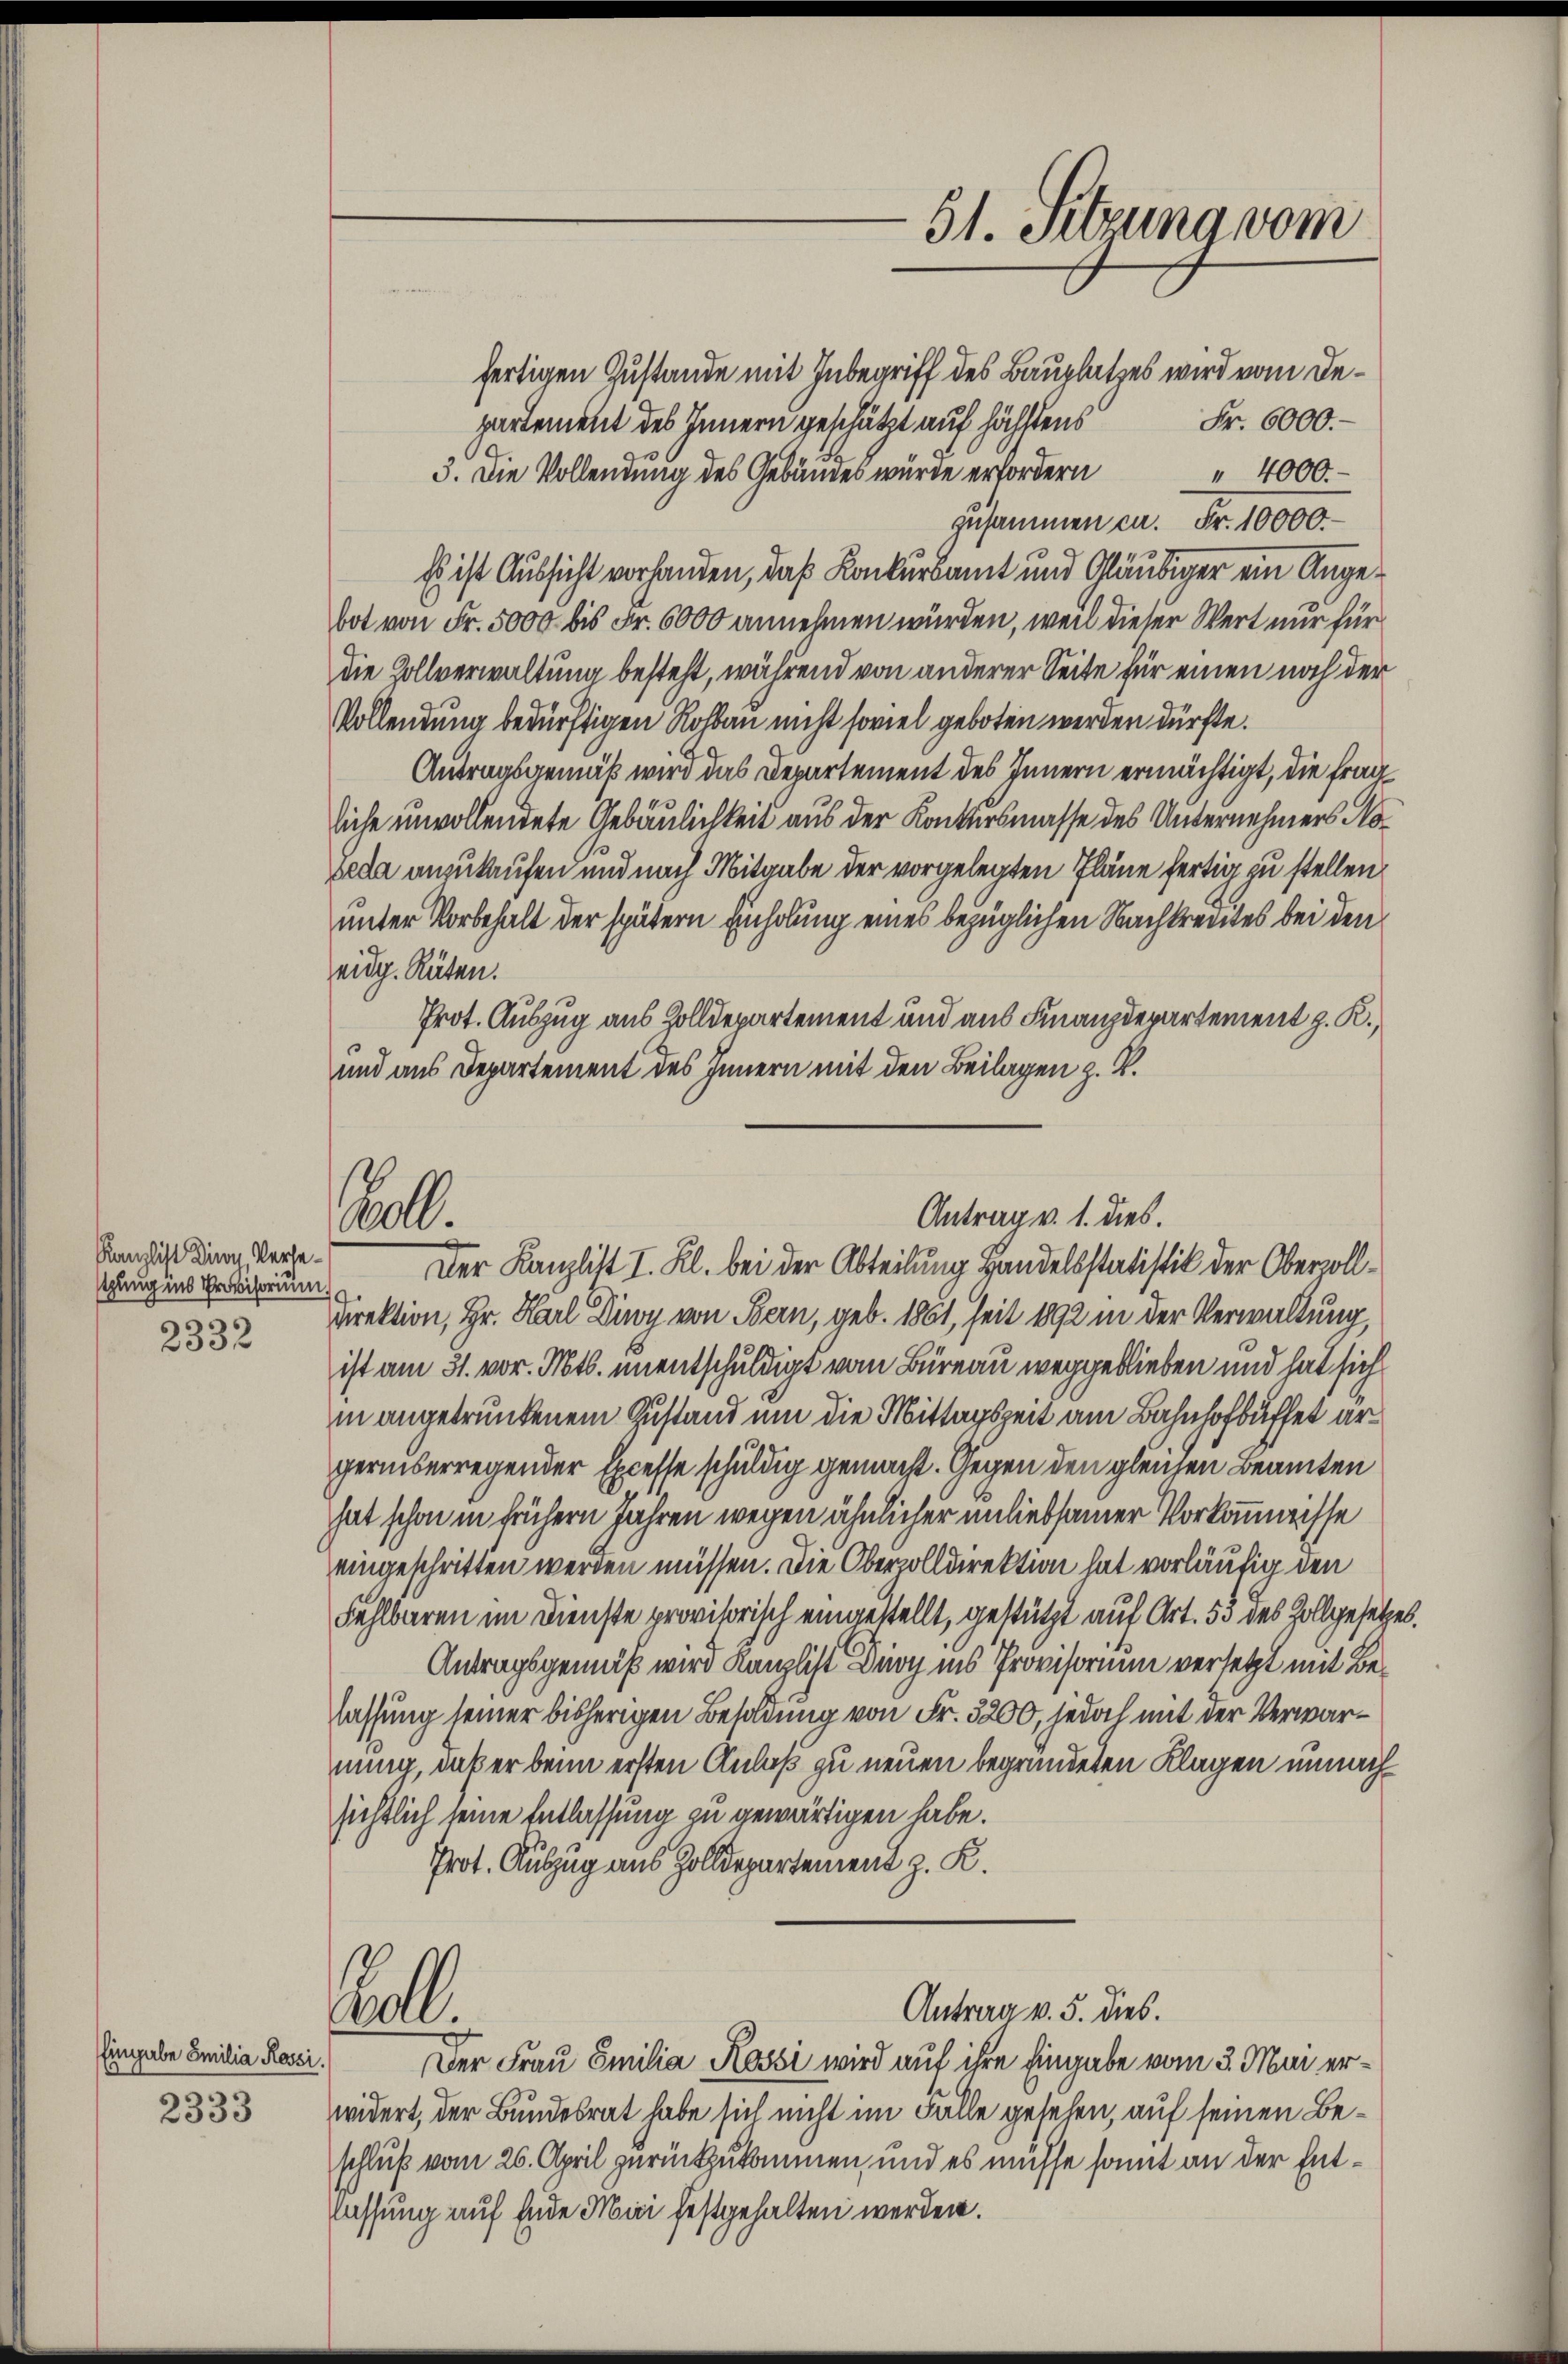
Kanzlist einen Versestung ins Provisorium.
s

2332

Eingabe Emilia Rossi.

2333

fertigen Zustande mit Inbegriff des Bauplatzes wird vom De¬
Fr. 6000.-
partement des Innern geschätzt auf höchstens
19
3. Die Vollendung des Gebäudes wurde erfordern 4000.
zusammen ca. Fr. 10000.
Es ist Aussicht vorhanden, daß Konkursamt und Gläubiger ein Angebot von Fr. 5000 bis Fr. 6000 annehmen würden, weil dieser Wert nur für
die Zollverwaltung besteht, während von anderer Seite für einen noch der
Vollendung bedürftigen Rohbau nicht soviel geboten werden dürfte.
Antragsgemäß wird das Departement des Innern ermächtigt, die fragliche unvollendete Gebäulichkeit aus der Konkursmasse des Unternehmers No¬
Zeda anzukaufen und nach Mitgabe der vorgelegten Pläne fertig zu stellen,
unter Vorbehalt der spätern Einholung eines bezüglichen Nachkredites bei den
eidg. Räten.
Prot. Auszug aus Zolldepartement und aus Finanzdepartement z. R.,
und aus Departement des Innern mit den Beilagen z. B.

Bell

31. Sitzung vom

Antrag v. 1. dies.
Der Kanzlist I. Kl. bei der Abteilung Handelsstatistik der Oberzoll¬

Direktion, Hr. Karl Diwy von Bern, geb. 1861, seit 1892 in der Verwaltung,
ist am 31. vor. Mts. unentschuldigt vom Büreau weggeblieben und hat sich
in angetrunkenem Zustand um die Mittagszeit am Bahnhofbüffet argerüberregender Excesse schuldig gemacht. Gegen den gleichen Beamten
hat schon in frühern Jahren wegen ähnlicher anliebsamer Vorkommnisse
eingeschritten werden müssen. Die Oberzolldirektion hat vorläufig den
Fehlbaren im Dienste provisorisch eingestellt, gestützt auf Art. 53 des Zollgesetzes.
Antragsgemäß wird Kanzlist Du ins Provisorium versetzt mit Belassung seiner bisherigen Besoldung von Fr. 3200, jedoch mit der Verwarnung, daß er beim ersten Anlaß zu neuen begründeten Klagen unnachsichtlich seine Entlassung zu gewärtigen habe.
Prot. Auszug aus Zolldepartement z. K.
Antrag v. 5. dies.
Col.
Der Frau Emilia Kossi wird auf ihre Eingabe vom 3. Mai erwidert, der Bundesrat habe sich nicht im Fälle gesehen, auf seinen Beschluß vom 26. April zurückzukommen, und es müsse somit an der Entlassung auf Ende Mai festgehalten werden.